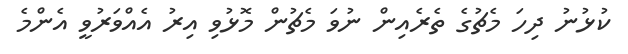
ކުޅުނު ދިހަ މެޗުގެ ތެރެއިން ނުވަ މެޗުން މޮޅުވި އިރު އެއްވަރުވީ އެންމެ